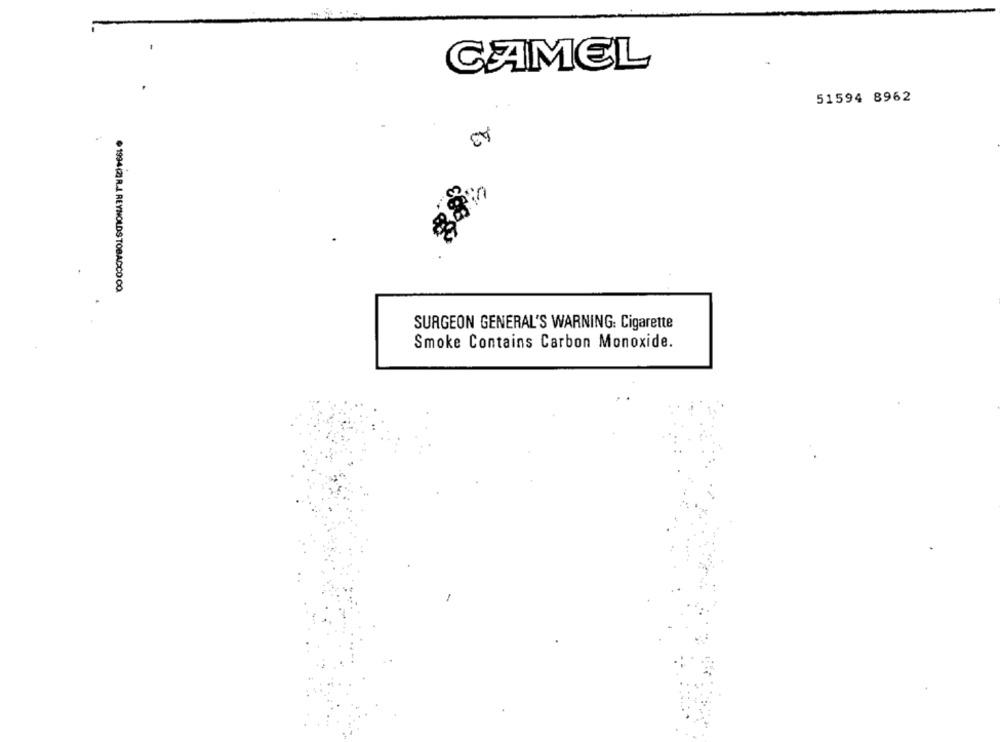
CAMEL
51594 8962
43
1994(2) R.J. REYNOLDS TOBACCO CO
SURGEON GENERAL'S WARNING: Cigarette
Smoke Contains Carbon Monoxide.